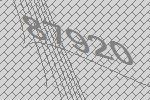
87920